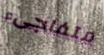
متفاجىء